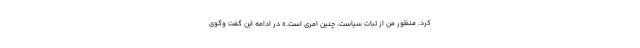
کرد. منظور من از ثبات سیاست، چنین امری است.» در ادامه این گفت وگوی